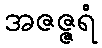
အဇဇ္ဇရံ